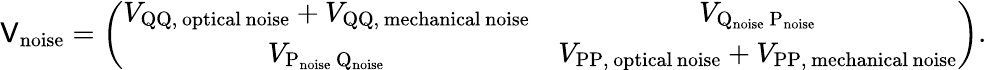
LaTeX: \mathsf{V}_{\mathrm{{noise}}}=\left(\begin{array}{cc}{V_{\mathrm{QQ,\, optical\, noise}}+V_{\mathrm{QQ,\, mechanical\, noise}}}&{V_{\mathrm{Q_{\mathrm{{noise}}}\, P_{\mathrm{{noise}}}}}}\\ {V_{\mathrm{P_{\mathrm{{noise}}}\, Q_{\mathrm{{noise}}}}}}&{V_{\mathrm{PP,\, optical\, noise}}+V_{\mathrm{PP,\, mechanical\, noise}}}\end{array}\right).